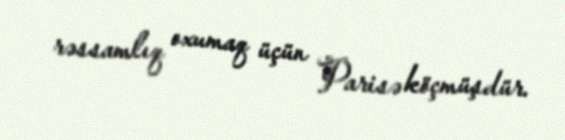
rəssamlıq oxumaq üçün Parisə köçmüşdür.